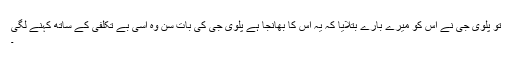
تو پلوی جی نے اس کو میرے بارے بتلایا کہ یہ اس کا بھانجا ہے پلوی جی کی بات سن وہ اسی بے تکلفی کے ساتھ کہنے لگی
۔